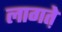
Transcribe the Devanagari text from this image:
लागत़े